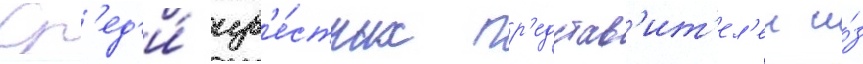
Ср'ед'и́ изв'е́стных пр'едстав'ит'ел'еи и́з